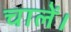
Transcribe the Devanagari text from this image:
चालें।